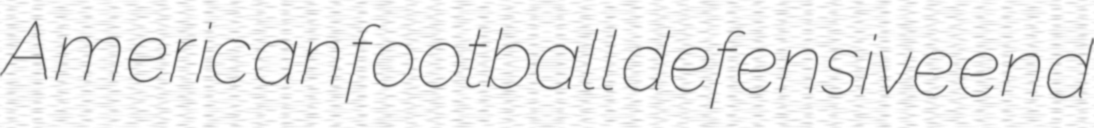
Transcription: American football defensive end